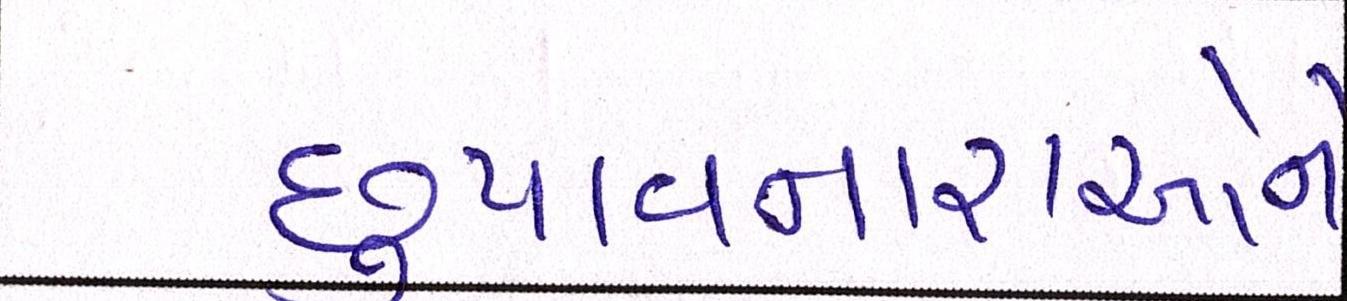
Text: છુપાવનારાઓને